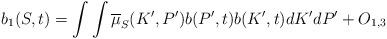
LaTeX: \begin{align*}b_{1}(S,t)=\int \int \overline{\mu }_{S}(K^{\prime },P^{\prime })b(P^{\prime},t)b(K^{\prime },t)dK^{\prime }dP^{\prime }+O_{1,3} \end{align*}